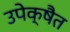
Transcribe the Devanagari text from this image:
उपेक्षैत